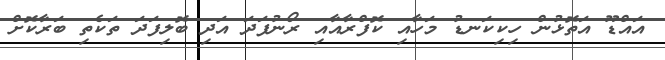
އައްޑޫ އަތޮޅުން ހިކިކަނޑު މަހާއި ކޮފްރާއާއި ރޯނުފަދަ އަދި ބޮލިފަދަ ތަކެތި ބަރާކޮށް